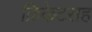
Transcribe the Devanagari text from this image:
क्रिकेटसह